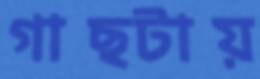
গাছটায়